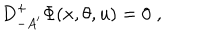
LaTeX: D _ { - A ^ { \prime } } ^ { + } \Phi ( x , \theta , u ) = 0 \; ,